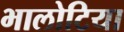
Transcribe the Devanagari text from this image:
भालोटिया